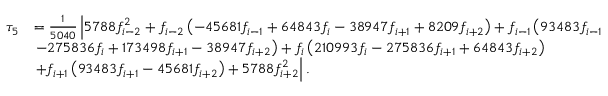
\begin{array} { r l } { \tau _ { 5 } } & { = \frac { 1 } { 5 0 4 0 } \left| 5 7 8 8 f _ { i - 2 } ^ { 2 } + f _ { i - 2 } \left( - 4 5 6 8 1 f _ { i - 1 } + 6 4 8 4 3 f _ { i } - 3 8 9 4 7 f _ { i + 1 } + 8 2 0 9 f _ { i + 2 } \right) + f _ { i - 1 } \left( 9 3 4 8 3 f _ { i - 1 } \right. \right. } \\ & { \left. - 2 7 5 8 3 6 f _ { i } + 1 7 3 4 9 8 f _ { i + 1 } - 3 8 9 4 7 f _ { i + 2 } \right) + f _ { i } \left( 2 1 0 9 9 3 f _ { i } - 2 7 5 8 3 6 f _ { i + 1 } + 6 4 8 4 3 f _ { i + 2 } \right) } \\ & { \left. + f _ { i + 1 } \left( 9 3 4 8 3 f _ { i + 1 } - 4 5 6 8 1 f _ { i + 2 } \right) + 5 7 8 8 f _ { i + 2 } ^ { 2 } \right| . } \end{array}